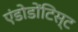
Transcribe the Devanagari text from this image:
एंडोडोंटिस्ट